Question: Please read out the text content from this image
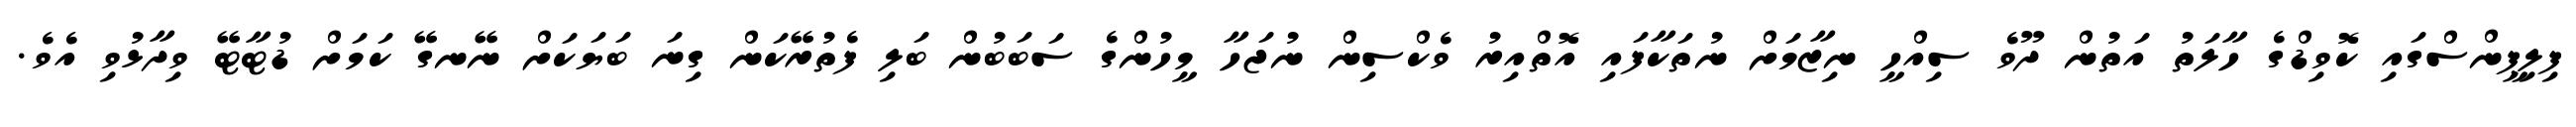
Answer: ފިލިޕީންސްގައި ކޮވިޑްގެ ހާލަތު އަތުން ދޫވެ ސިއްހީ ނިޒާމަށް ނުތަކާފައި އޮތްއިރު ވެކްސިން ނުޖަހާ މީހުންގެ ސަބަބުން ބަލި ފެތުރޭކަން ގިނަ ބަޔަކަށް ނޭނގޭ ކަމަށް ޑުޓާޓޭ ވިދާޅުވި އެވެ.